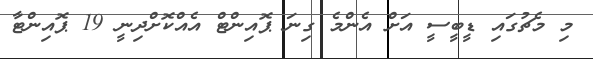
މި މެޗުގައި ޑީބީސީ އަށް އެންމެ ގިނަ ޕޮއިންޓް އެއްކޮށްދިނީ 19 ޕޮއިންޓާ